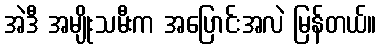
အဲဒီ အမျိုးသမီးက အပြောင်းအလဲ မြန်တယ်။